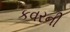
કવરની